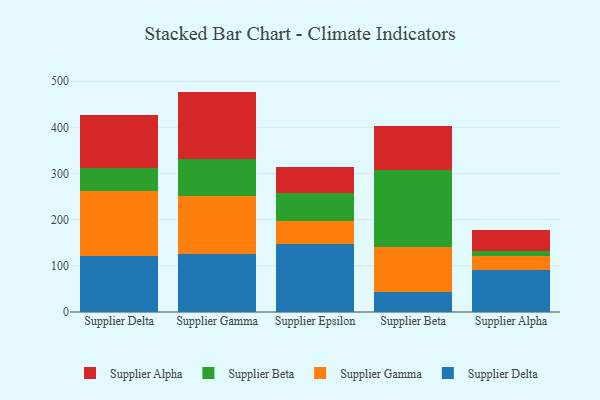
{"axis": {"x": "Supplier", "y": "Demand Index"}, "legend": ["Supplier Alpha", "Supplier Beta", "Supplier Delta", "Supplier Gamma"], "data": [{"x": "Supplier Delta", "y": 120.6, "type": "Supplier Delta"}, {"x": "Supplier Delta", "y": 142.5, "type": "Supplier Gamma"}, {"x": "Supplier Delta", "y": 49.3, "type": "Supplier Beta"}, {"x": "Supplier Delta", "y": 115.1, "type": "Supplier Alpha"}, {"x": "Supplier Gamma", "y": 126.5, "type": "Supplier Delta"}, {"x": "Supplier Gamma", "y": 124.5, "type": "Supplier Gamma"}, {"x": "Supplier Gamma", "y": 80.4, "type": "Supplier Beta"}, {"x": "Supplier Gamma", "y": 146.2, "type": "Supplier Alpha"}, {"x": "Supplier Epsilon", "y": 148.3, "type": "Supplier Delta"}, {"x": "Supplier Epsilon", "y": 49.2, "type": "Supplier Gamma"}, {"x": "Supplier Epsilon", "y": 60.2, "type": "Supplier Beta"}, {"x": "Supplier Epsilon", "y": 57.1, "type": "Supplier Alpha"}, {"x": "Supplier Beta", "y": 44.4, "type": "Supplier Delta"}, {"x": "Supplier Beta", "y": 97.1, "type": "Supplier Gamma"}, {"x": "Supplier Beta", "y": 166.2, "type": "Supplier Beta"}, {"x": "Supplier Beta", "y": 96.2, "type": "Supplier Alpha"}, {"x": "Supplier Alpha", "y": 91.3, "type": "Supplier Delta"}, {"x": "Supplier Alpha", "y": 30.4, "type": "Supplier Gamma"}, {"x": "Supplier Alpha", "y": 10.6, "type": "Supplier Beta"}, {"x": "Supplier Alpha", "y": 46.3, "type": "Supplier Alpha"}]}